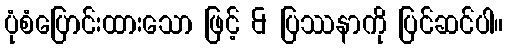
ပုံစံပြောင်းထားသော ဖြင့် & ပြဿနာကို ပြင်ဆင်ပါ။